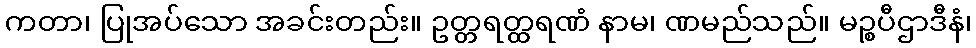
ကတာ၊ ပြုအပ်သော အခင်းတည်း။ ဥတ္တရတ္ထရဏံ နာမ၊ ဏမည်သည်။ မဉ္စပီဌာဒီနံ၊